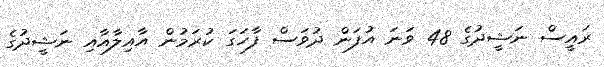
ރައީސް ނަޝީދުގެ 48 ވަނަ އުފަން ދުވަސް ފާހަގަ ކުރަމުން އާއިލާއާއި ނަޝީދުގެ